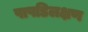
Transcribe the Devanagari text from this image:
पाषडिलक्षण